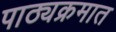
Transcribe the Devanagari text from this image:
पाठ्यक्रमात